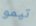
تيمو